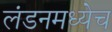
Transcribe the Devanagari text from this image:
लंडनमध्येच